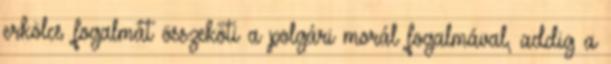
erkölcs fogalmát összeköti a polgári morál fogalmával, addig a